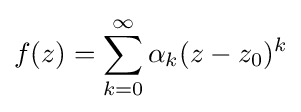
f(z)=\sum _{k=0}^{\infty }\alpha _{k}(z-z_{0})^{k}